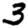
Digit: 3